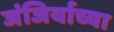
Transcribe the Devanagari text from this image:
जंजिर्याच्या